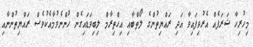
މިހުރިހާ ޝަރަފެއް އެރުވިފައިވާ އަދި ރައްޔިތުންގެ ލޯތްބާއި އިހްތިރާމް ލިބިވަޑައިގެން ހުންނެވުމާއެކުވެސް ރައްޔިތުންނާއި